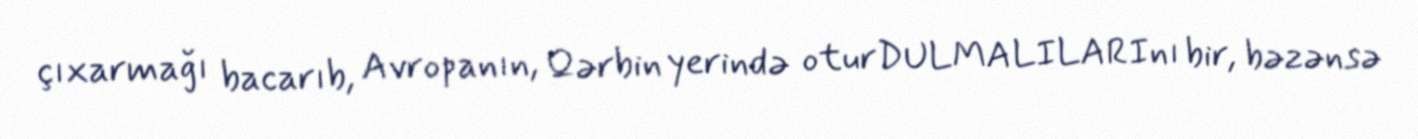
çıxarmağı bacarıb, Avropanın, Qərbin yerində oturDULMALILARInı bir, bəzənsə